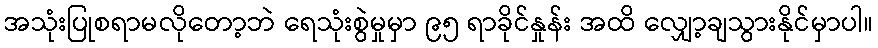
အသုံးပြုစရာမလိုတော့ဘဲ ရေသုံးစွဲမှုမှာ ၉၅ ရာခိုင်နှုန်း အထိ လျှော့ချသွားနိုင်မှာပါ။